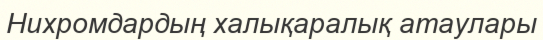
Нихромдардың халықаралық атаулары